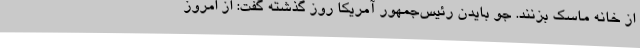
از خانه ماسک بزنند. جو بایدن رئیس‌جمهور آمریکا روز گذشته گفت: از امروز